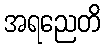
အရညေတိ